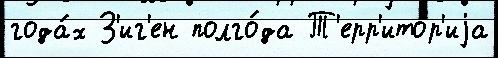
года́х З'иг'ен полго́да Т'ерр'ито́р'иjа